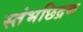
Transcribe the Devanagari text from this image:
स्तंभछिद्रक